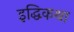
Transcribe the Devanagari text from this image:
इद्धिकथा